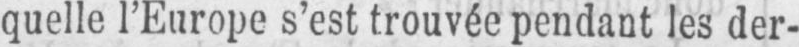
quelle l’Europe s’est trouvée pendant les der-